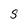
Character: S